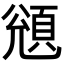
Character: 𩒬